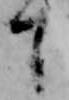
下